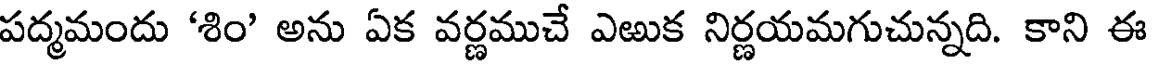
పద్మమందు 'శిం' అను ఏక వర్ణముచే ఎఱుక నిర్ణయమగుచున్నది. కాని ఈ